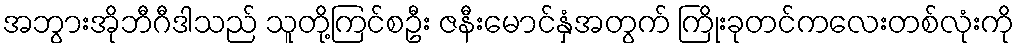
အဘွားအိုဘီဂီဒါသည် သူတို့ကြင်စဦး ဇနီးမောင်နှံအတွက် ကြိုးခုတင်ကလေးတစ်လုံးကို